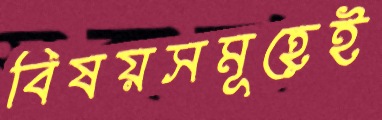
বিষয়সমূহেই